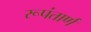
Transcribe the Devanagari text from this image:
रूपंतार्ण